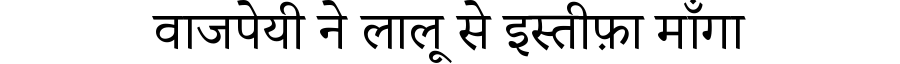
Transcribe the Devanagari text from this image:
वाजपेयी ने लालू से इस्तीफ़ा माँगा